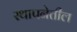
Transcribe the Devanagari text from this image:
स्थापनेतील